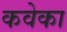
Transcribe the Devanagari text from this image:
कवेका